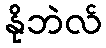
နိုဘဲလ်